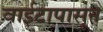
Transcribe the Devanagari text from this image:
वाईटापासून